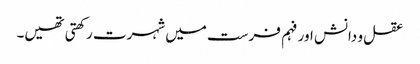
عقل و دانش اور فہم فرست میں شہرت رکھتی تھیں۔